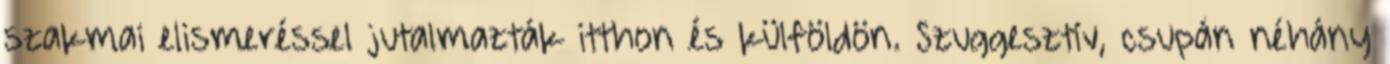
szakmai elismeréssel jutalmazták itthon és külföldön. Szuggesztív, csupán néhány